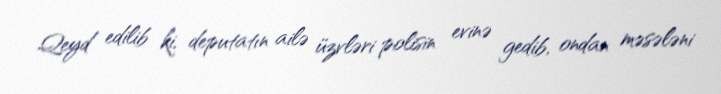
Qeyd edilib ki, deputatın ailə üzvləri polisin evinə gedib, ondan məsələni